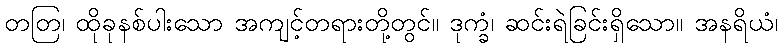
တတြ၊ ထိုခုနစ်ပါးသော အကျင့်တရားတို့တွင်။ ဒုက္ခံ၊ ဆင်းရဲခြင်းရှိသော။ အနရိယံ၊